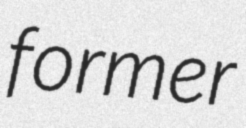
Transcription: former